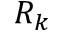
R _ { k }